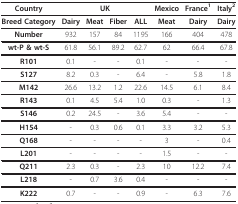
<table><thead><tr><td><b>Country</b></td><td colspan="4"><b>UK</b></td><td><b>Mexico</b></td><td><b>France<sup>1</sup></b></td><td><b>Italy<sup>2</sup></b></td></tr></thead><tbody><tr><td><b>Breed Category</b></td><td><b>Dairy</b></td><td><b>Meat</b></td><td><b>Fiber</b></td><td><b>ALL</b></td><td><b>Meat</b></td><td><b>Dairy</b></td><td><b>Dairy</b></td></tr><tr><td><b>Number</b></td><td>932</td><td>157</td><td>84</td><td>1195</td><td>166</td><td>404</td><td>478</td></tr><tr><td><b>wt-P &amp; wt-S</b></td><td>61.8</td><td>56.1</td><td>89.2</td><td>62.7</td><td>62</td><td>66.4</td><td>67.8</td></tr><tr><td><b>R101</b></td><td>0.1</td><td>-</td><td>-</td><td>0.1</td><td>-</td><td>-</td><td>-</td></tr><tr><td><b>S127</b></td><td>8.2</td><td>0.3</td><td>-</td><td>6.4</td><td>-</td><td>5.8</td><td>1.8</td></tr><tr><td><b>M142</b></td><td>26.6</td><td>13.2</td><td>1.2</td><td>22.6</td><td>14.5</td><td>6.1</td><td>8.4</td></tr><tr><td><b>R143</b></td><td>0.1</td><td>4.5</td><td>5.4</td><td>1.0</td><td>0.3</td><td>-</td><td>1.3</td></tr><tr><td><b>S146</b></td><td>0.2</td><td>24.5</td><td>-</td><td>3.6</td><td>5.4</td><td>-</td><td>-</td></tr><tr><td><b>H154</b></td><td>-</td><td>0.3</td><td>0.6</td><td>0.1</td><td>3.3</td><td>3.2</td><td>5.3</td></tr><tr><td><b>Q168</b></td><td>-</td><td>-</td><td>-</td><td>-</td><td>3</td><td>-</td><td>0.4</td></tr><tr><td><b>L201</b></td><td>-</td><td>-</td><td>-</td><td>-</td><td>1.5</td><td>-</td><td>-</td></tr><tr><td><b>Q211</b></td><td>2.3</td><td>0.3</td><td>-</td><td>2.3</td><td>10</td><td>12.2</td><td>7.4</td></tr><tr><td><b>L218</b></td><td>-</td><td>0.7</td><td>3.6</td><td>0.4</td><td>-</td><td>-</td><td>-</td></tr><tr><td><b>K222</b></td><td>0.7</td><td>-</td><td>-</td><td>0.9</td><td>-</td><td>6.3</td><td>7.6</td></tr></tbody></table>